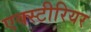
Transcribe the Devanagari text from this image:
एक्स्टीरियर